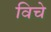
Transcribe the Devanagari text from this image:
विचे